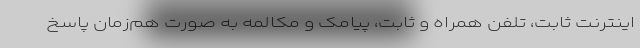
اینترنت ثابت، تلفن همراه و ثابت، پیامک و مکالمه به صورت هم‌زمان پاسخ